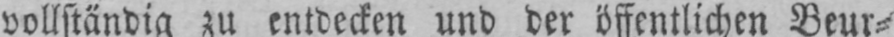
vollständig zu entdecken und der öffentlichen Beur⸗